Leaving Certificate Examination (including Day School Certificate (Higher) General paper), 1929
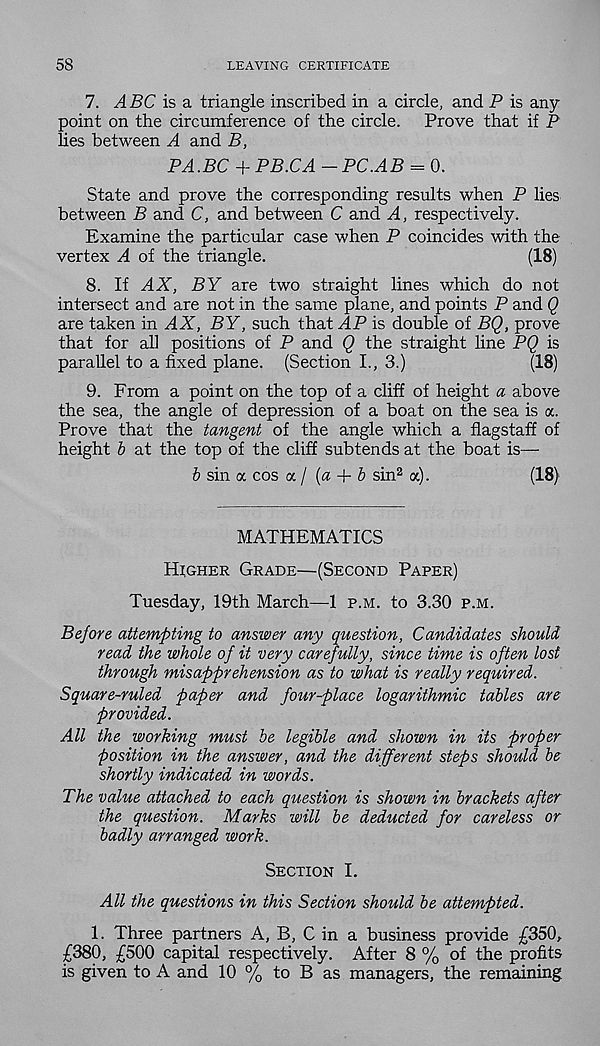
58
LEAVING CERTIFICATE
7. ABC is a triangle inscribed in a circle, and P is any
point on the circumference of the circle.
Prove that if P
lies between A and B,
PA.BC + PB.CA —PC.AB = 0.
State and prove the corresponding results when P lies
between B and C, and between C and A, respectively.
Examine the particular case when P coincides with the
vertex A of the triangle.
(18)
8. If AX, BY are two straight lines which do not
intersect and are not in the same plane, and points P and Q
are taken in AX, BY, such that AP is double of BQ, prove
that for all positions of P and Q the straight line PQ is
parallel to a fixed plane. (Section I., 3.)
(18)
9. From a point on the top of a cliff of height a above
the sea, the angle of depression of a boat on the sea is a.
Prove that the tangent of the angle which a flagstaff of
height b at the top of the cliff subtends at the boat is—-
b sin a cos a / (a + b sin 2 a).
(18)
MATHEMATICS
Higher Grade—(Second Paper)
Tuesday, 19th March—1 p.m. to 3.30 p.m.
Before attempting to answer any question, Candidates should
read the whole of it very carefully, since time is often lost
through misapprehension as to what is really required.
Square-ruled paper and four-place logarithmic tables are
provided.
All the working must be legible and shown in its proper
position in the answer, and the different steps should be
shortly indicated in words.
The value attached to each question is shown in brackets after
the question. Marks will be deducted for careless or
badly arranged work.
Section I.
All the questions in this Section should be attempted.
1. Three partners A, B, C in a business provide £350,
£380, £500 capital respectively. After 8 % of the profits
is given to A and 10 % to B as managers, the remaining